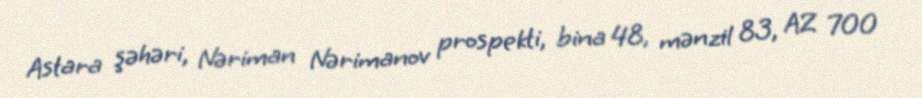
Astara şəhəri, Nəriman Nərimanov prospekti, bina 48, mənzil 83, AZ 700